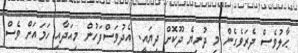
ޙާލުވެސް ދެރަވެގެން މި ދުނިޔެ ދޫކޮށް ދިޔައީ. އެދުވަސްފަހުން މިއަދާއި ހަމައަށް ވެސް